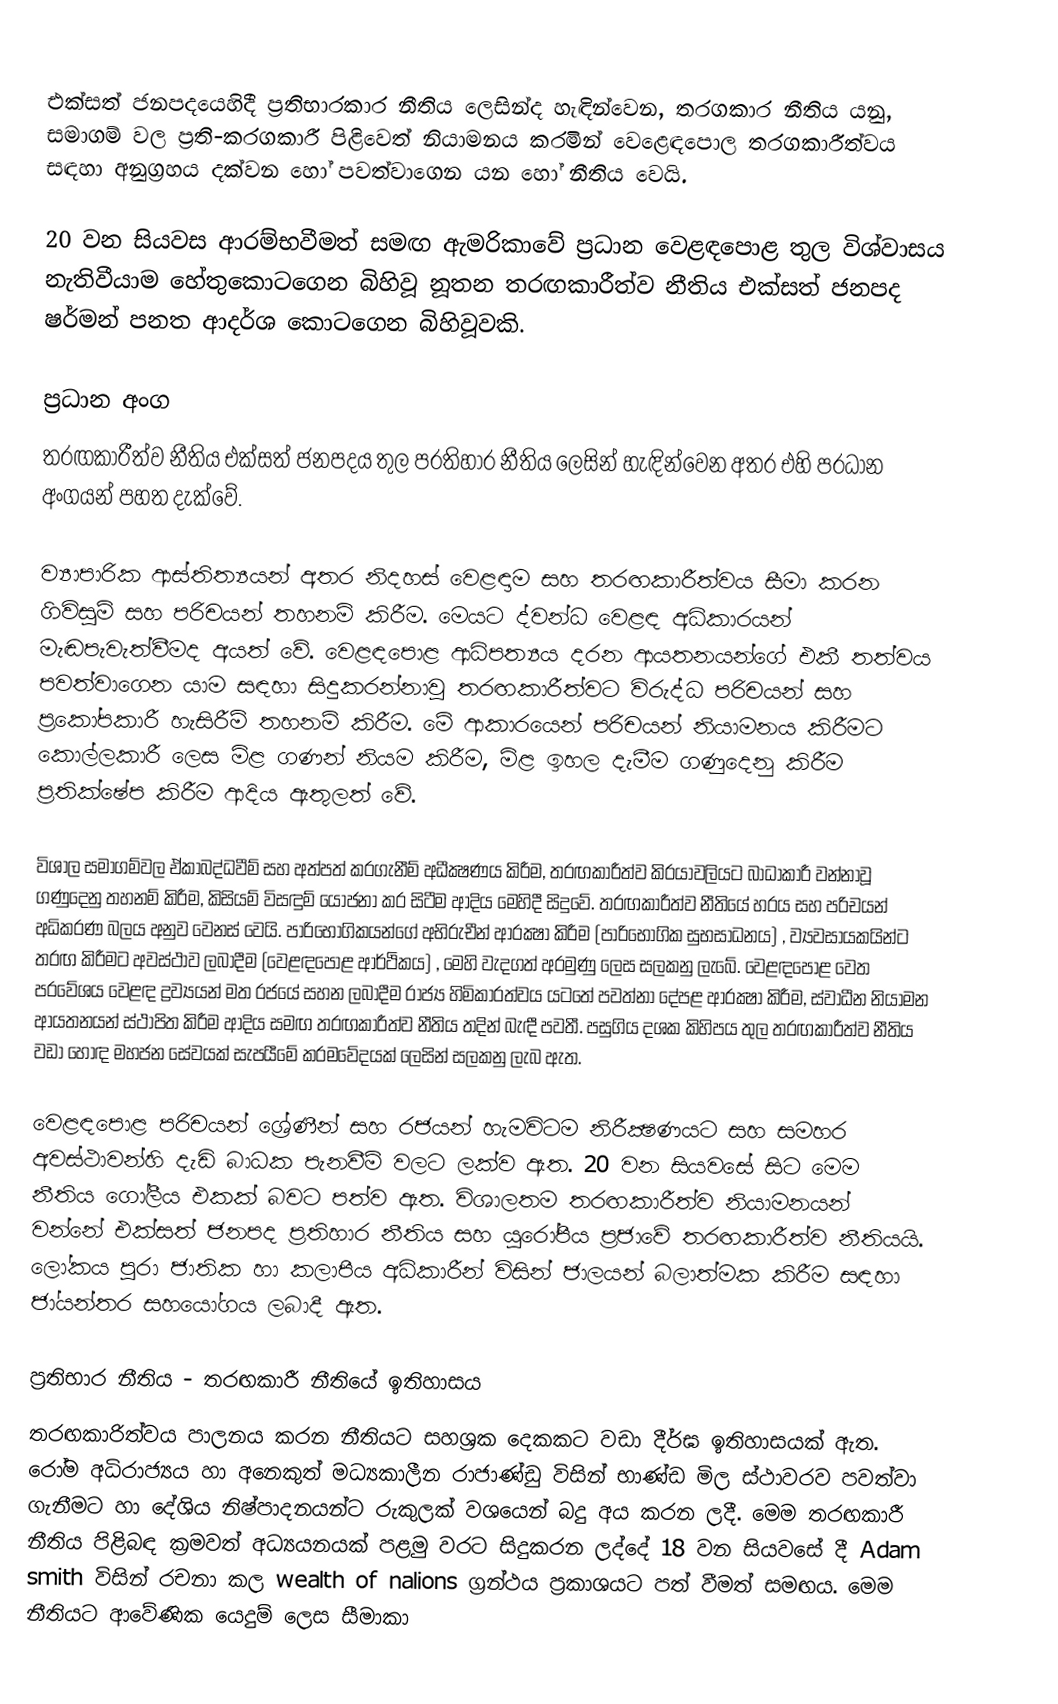
එක්සත් ජනපදයෙහිදී ප්‍රතිභාරකාර නීතිය ලෙසින්ද හැඳින්වෙන, තරගකාර නීතිය යනු,  සමාගම් වල ප්‍රති-කරගකාරී පිළිවෙත් නියාමනය කරමින් වෙළෙඳපොල තරගකාරීත්වය සඳහා අනුග්‍රහය දක්වන හෝ පවත්වාගෙන යන හෝ නීතිය වෙයි.

20 වන සියවස ආරම්භවීමත් සමඟ ඇමරිකාවේ ප‍්‍රධාන වෙළඳපොළ තුල විශ්වාසය නැතිවීයාම හේතුකොටගෙන බිහිවූ නූතන තරඟකාරීත්ව නීතිය එක්සත් ජනපද ෂර්මන් පනත ආදර්ශ කොටගෙන බිහිවූවකි.

ප්‍රධාන අංග
තරඟකාරීත්ව නීතිය එක්සත් ජනපදය තුල ප‍්‍රතිහාර නීතිය ලෙසින් හැඳින්වෙන අතර එහි ප‍්‍රධාන අංගයන් පහත දැක්වේ.

ව්‍යාපාරික ආස්තිත්‍යයන් අතර නිදහස් වෙළඳාම සහ තරඟකාරීත්වය සීමා කරන ගිවිසුම් සහ පරිචයන් තහනම් කිරීම. මෙයට ද්වන්ධ වෙළඳ අධිකාරයන් මැඬපැවැත්වීමද අයත් වේ. වෙළඳපොළ ආධිපත්‍යය දරන ආයතනයන්ගේ එකී තත්වය පවත්වාගෙන යාම සඳහා සිදුකරන්නාවූ තරඟකාරීත්වට විරුද්ධ පරිචයන් සහ ප‍්‍රකෝපකාරී හැසිරීම් තහනම් කිරීම. මේ ආකාරයෙන් පරිචයන් නියාමනය කිරීමට කොල්ලකාරී ලෙස මිළ ගණන් නියම කිරීම, මිළ ඉහල දැමීම ගණුදෙනු කිරීම ප‍්‍රතික්ෂේප කිරීම ආදිය ඇතුලත් වේ.

විශාල සමාගම්වල ඒකාබද්ධවීම් සහ අත්පත් කරගැනීම් අධීක්‍ෂණය කිරීම, තරඟකාරීත්ව කි‍්‍රයාවලියට බාධාකාරී වන්නාවූ ගණුදෙනු තහනම් කිරීම, කිසියම් විසඳුම් යෝජනා කර සිටීම ආදිය මෙහිදී සිදුවේ. තරඟකාරීත්ව නීතියේ හරය සහ පරිචයන් අධිකරණ බලය අනුව වෙනස් වෙයි. පාරිභෝගිකයන්ගේ අභිරුචීන් ආරක්‍ෂා කිරීම (පාරිභෝගික සුභසාධනය) , ව්‍යවසායකයින්ට තරඟ කිරීමට අවස්ථාව ලබාදීම (වෙළඳපොළ ආර්ථිකය) , මෙහි වැදගත් අරමුණු ලෙස සලකනු ලැබේ. වෙළඳපොළ වෙත ප‍්‍රවේශය වෙළඳ ද්‍රව්‍යයන් මත රජයේ සහන ලබාදීම රාජ්‍ය හිමිකාරත්වය යටතේ පවත්නා දේපළ ආරක්‍ෂා කිරීම, ස්වාධීන නියාමන ආයතනයන් ස්ථාපිත කිරීම ආදිය සමඟ තරඟකාරීත්ව නීතිය තදින් බැඳී පවතී. පසුගිය දශක කිහිපය තුල තරඟකාරීත්ව නීතිය වඩා හොඳ මහජන සේවයක් සැපයීමේ ක‍්‍රමවේදයක් ලෙසින් සලකනු ලැබ ඇත.

වෙළඳපොළ පරිචයන් ශ්‍රේණීන් සහ රජයන් හැමවිටම නිරීක්‍ෂණයට සහ සමහර අවස්ථාවන්හි දැඩි බාධක පැනවීම් වලට ලක්ව ඇත. 20 වන සියවසේ සිට මෙම නීතිය ගෝලීය එකක් බවට පත්ව ඇත. විශාලතම තරඟකාරීත්ව නියාමනයන් වන්නේ එක්සත් ජනපද ප‍්‍රතිහාර නීතිය සහ යුරෝපීය ප‍්‍රජාවේ තරඟකාරීත්ව නීතියයි. ලෝකය පුරා ජාතික හා කලාපීය අධිකාරීන් විසින් ජාලයන් බලාත්මක කිරීම සඳහා ජා්‍යන්තර සහයෝගය ලබාදී ඇත.

ප්‍රතිභාර නීතිය - තරඟකාරී නීතියේ ඉතිහාසය
තරඟකාරිත්වය පාලනය කරන නීතියට සහශ්‍රක දෙකකට වඩා දීර්ඝ ඉතිහාසයක් ඇත. රෝම අධිරාජ්‍යය හා අනෙකුත් මධ්‍යකාලීන රාජාණ්ඩු විසින් භාණ්ඩ මිල ස්ථාවරව පවත්වා ගැනීමට හා දේශිය නිෂ්පාදනයන්ට රුකුලක් වශයෙන් බදු අය කරන ලදී. මෙම තරඟකාරී නීතිය පිළිබඳ ක්‍රමවත් අධ්‍යයනයක් පළමු වරට සිදුකරන ලද්දේ 18 වන සියවසේ දී Adam smith   විසින් රචනා කල  wealth of nalions   ග්‍රන්ථය ප්‍රකාශයට පත් වීමත් සමඟය. මෙම නීතියට ආවේණික යෙදුම් ලෙස සීමාකා